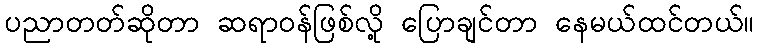
ပညာတတ်ဆိုတာ ဆရာဝန်ဖြစ်လို့ ပြောချင်တာ နေမယ်ထင်တယ်။